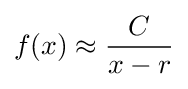
f(x)\approx {\frac {C}{x-r}}